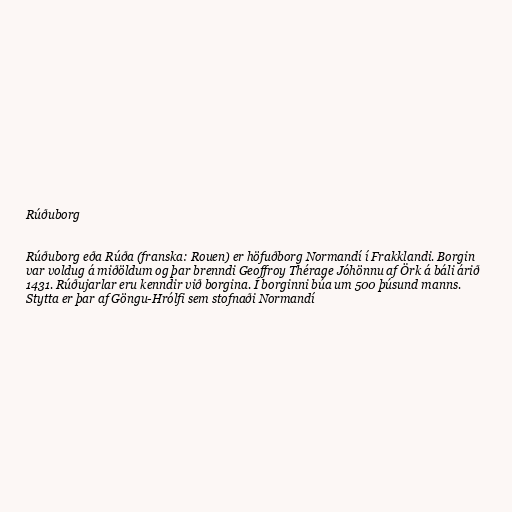
Rúðuborg

Rúðuborg eða Rúða (franska: Rouen) er höfuðborg Normandí í Frakklandi. Borgin
var voldug á miðöldum og þar brenndi Geoffroy Thérage Jóhönnu af Örk á báli árið
1431. Rúðujarlar eru kenndir við borgina. Í borginni búa um 500 þúsund manns.
Stytta er þar af Göngu-Hrólfi sem stofnaði Normandí